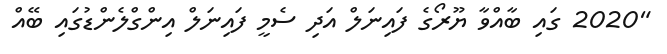
"2020 ގައި ބާއްވާ ޔޫރޯގެ ފައިނަލް އަދި ސެމީ ފައިނަލް އިންގްލެންޑުގައި ބޭއް